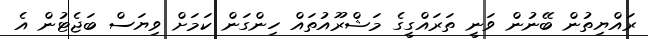
ރައްޔިތުން ބޭނުން ވަނީ ތަރައްގީގެ މަޝްރޫއުތައް ހިންގަން ކަމަށް ވިޔަސް ބަޖެޓުން އެ